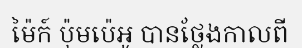
ម៉ៃក៍ ប៉ុមប៉េអូ បានថ្លែងកាលពី